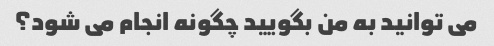
می توانید به من بگویید چگونه انجام می شود؟